Report on vaccination in Madras 1895-1903 - 1895-1903
Year: 1895
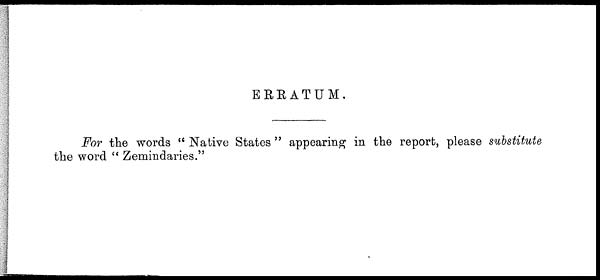
ERRATUM.
For the words " Native States " appearing in the report, please substitute
the word "Zemindaries."